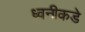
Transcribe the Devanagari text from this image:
ध्वनीकडे